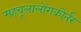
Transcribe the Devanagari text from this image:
महचूलालोंगकोर्नर